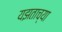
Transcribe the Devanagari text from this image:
यझताच्या